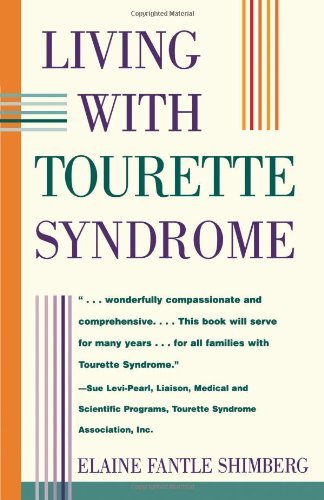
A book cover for Living With Tourette Syndrome [Paperback] [1995] (Author) Elaine Shimberg; Health, Fitness & Dieting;